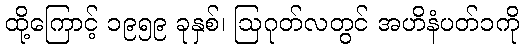
ထို့ကြောင့် ၁၉၅၉ ခုနှစ်၊ ဩဂုတ်လတွင် အဟိနံပတ်၁ကို